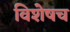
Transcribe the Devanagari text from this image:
विशेषच